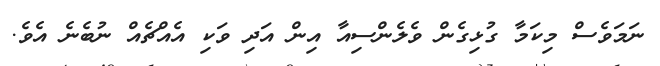
ނަމަވެސް މިކަމާ ގުޅިގެން ވެލެންސިއާ އިން އަދި ވަކި އެއްޗެއް ނުބެނެ އެވެ.